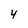
Character: 4